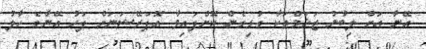
އޭނާ އަށް ލިބުނު ޒަޚަމްތަކާ ގުޅިގެން ކޮށްފައިވާ އޮޕަރޭޝަނަށް ފަހު އޭނާގެ ހާލު